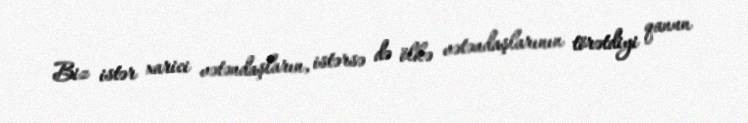
Biz istər xarici vətəndaşların, istərsə də ölkə vətəndaşlarının törətdiyi qanun